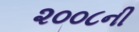
૨૦૦૮ની